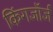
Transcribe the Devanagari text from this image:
किंगजॉर्ज